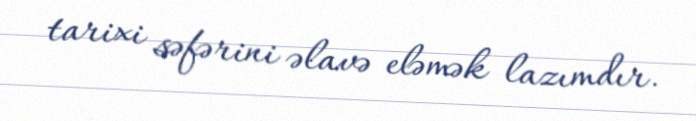
tarixi səfərini əlavə eləmək lazımdır.